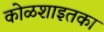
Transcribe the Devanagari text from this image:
कोळशाइतका